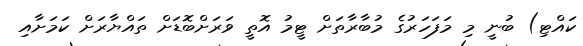
ކައްޓި) ބުނީ މި މަފަހަރުގެ މުބާރާތަށް ޓީމު އޮތީ ވަރަށްބޮޑަށް ތައްޔާރަށް ކަމަށާއި